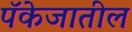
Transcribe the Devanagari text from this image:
पॅकेजातील